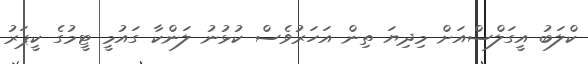
ކްލަބު އީގަލްސްއަށް މިދިޔަ ތިން އަހަރުވެސް ކުޅުނު ލަންކާ ގައުމީ ޓީމުގެ ކީޕަރު